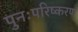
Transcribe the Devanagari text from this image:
पुनःपरिष्करण